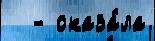
  - оказа́ла